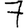
Digit: 7